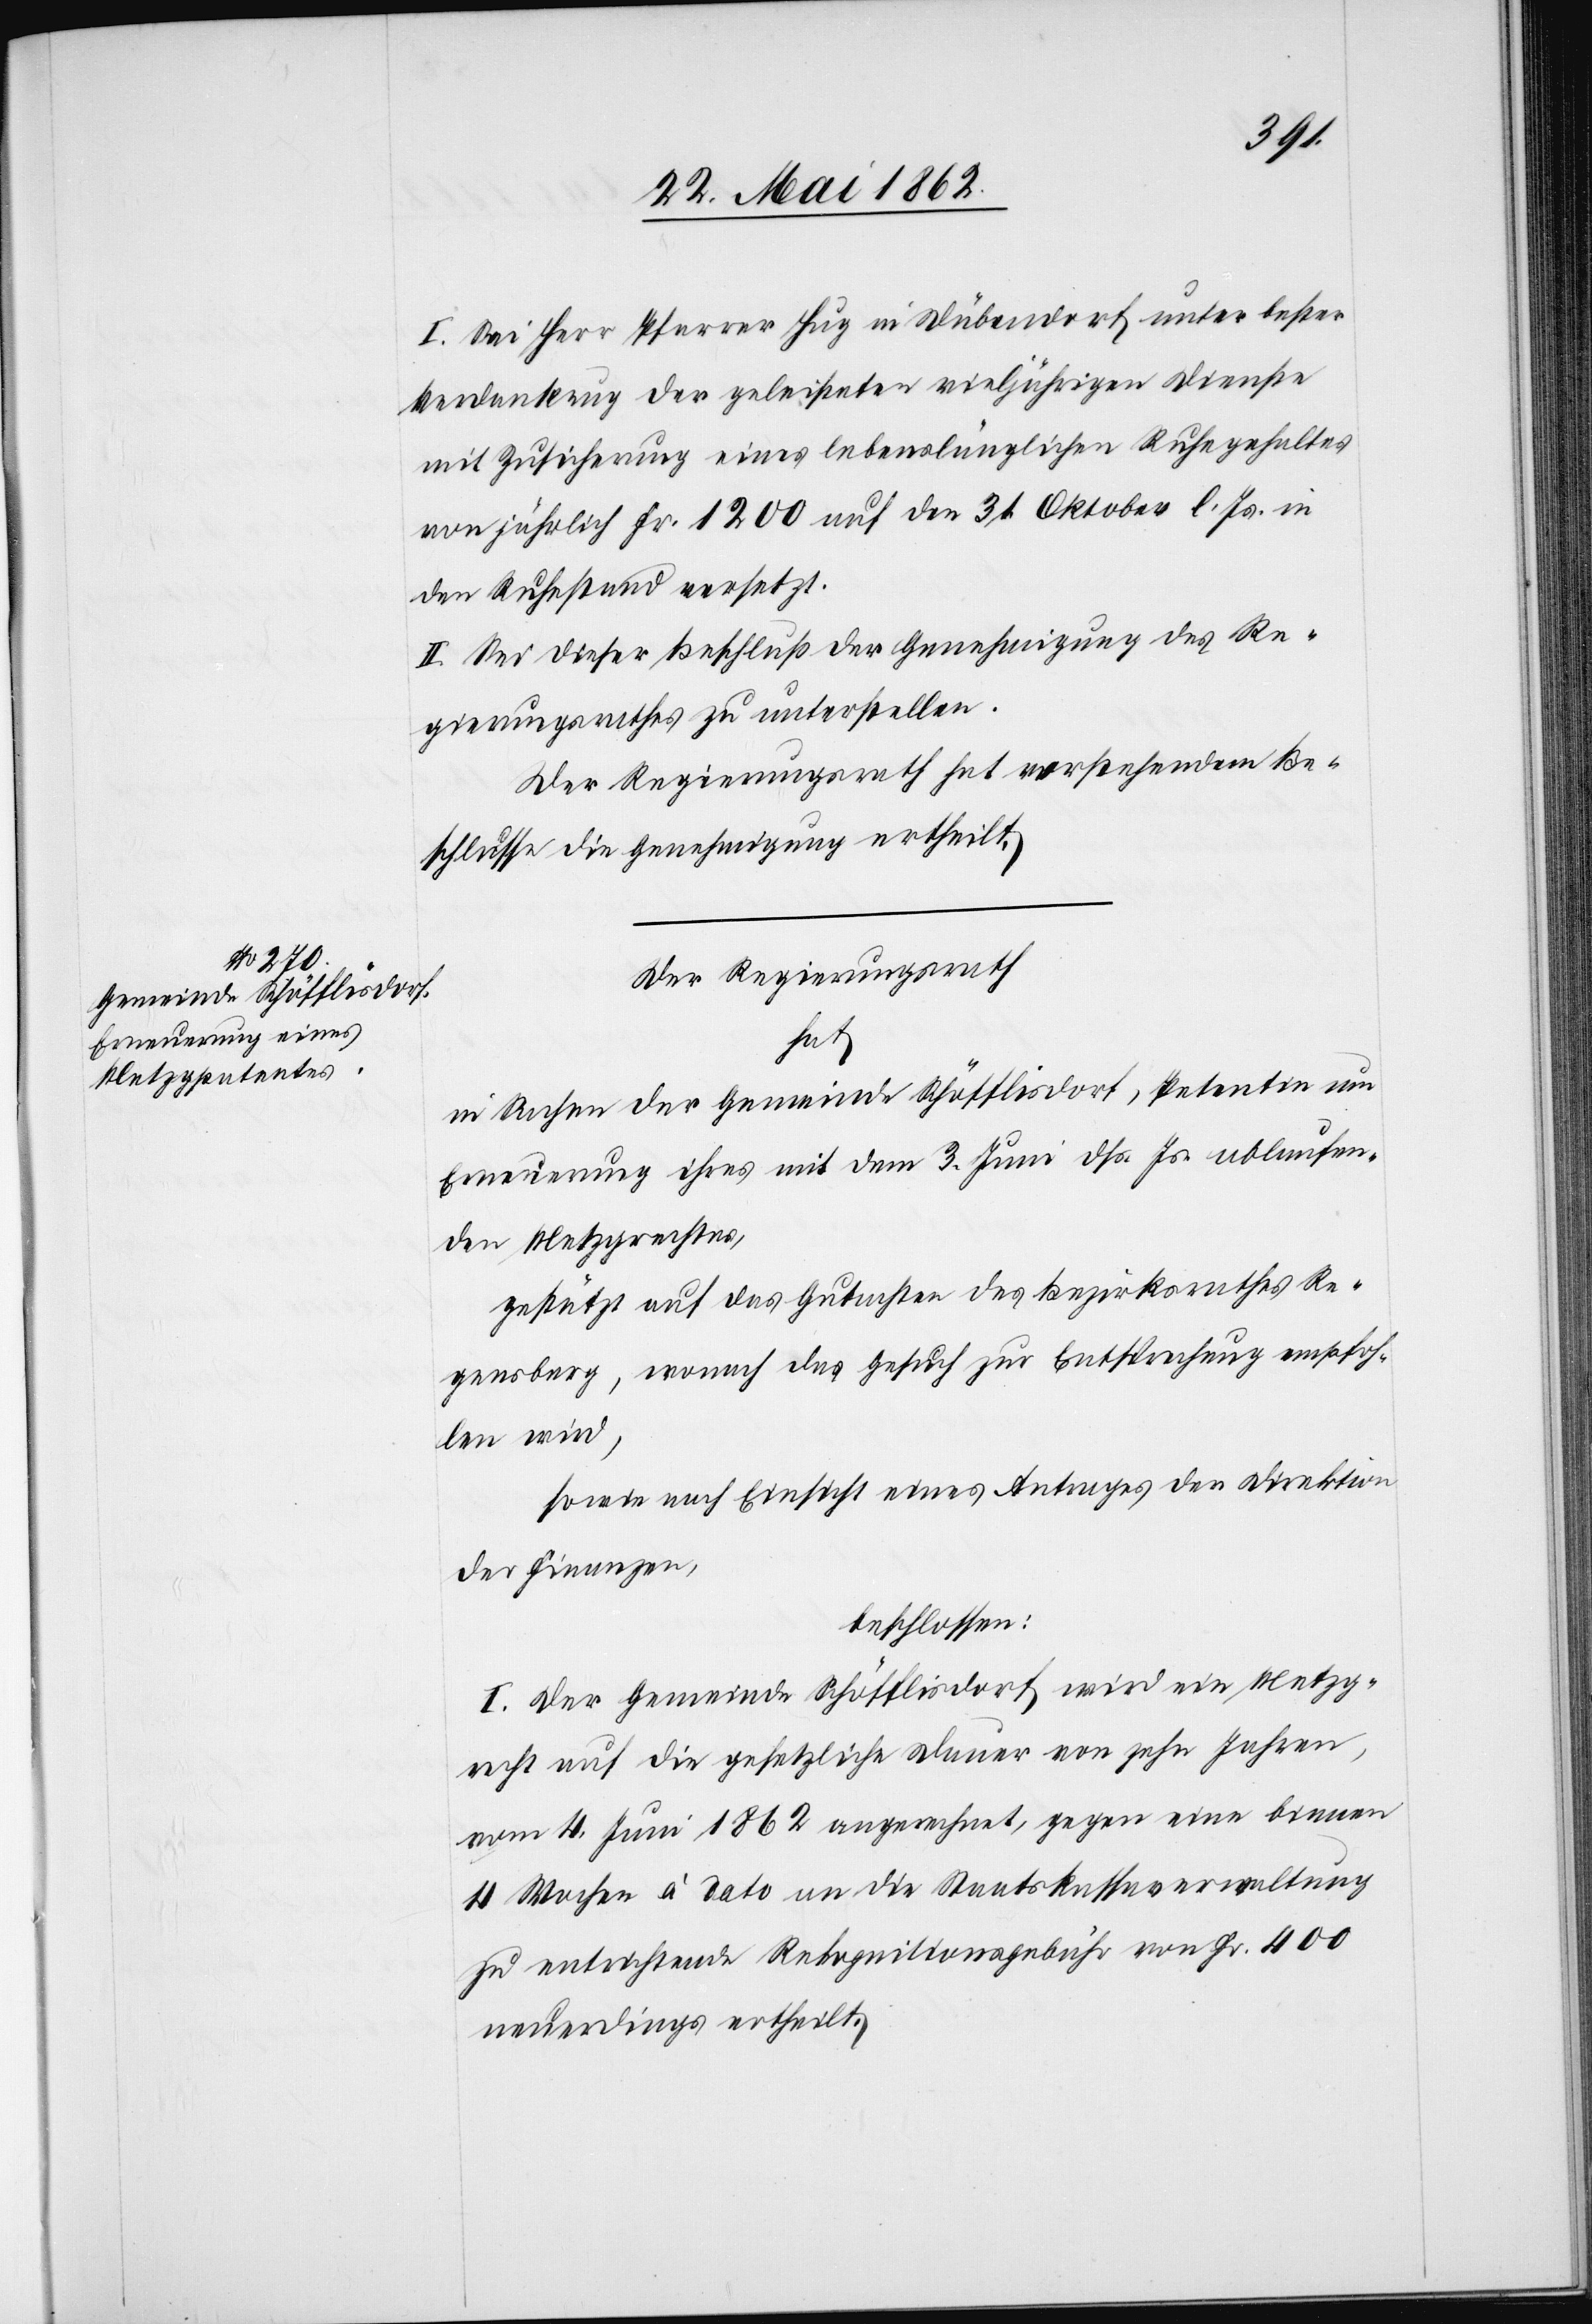
I. Sei Herr Pfarrer Hug in Dübendorf unter bester
Verdankung der geleisteten vieljährigen Dienste
mit Zusicherung eines lebenslänglichen Ruhegehaltes
von jährlich Fr. 1200 auf den 31. Oktober l. Js. in
den Ruhestand versetzt.
II. Sei dieser Beschluß der Genehmigung des Re¬
gierungsrathes zu unterstellen.
Der Regierungsrath hat vorstehendem Be¬
schlusse die Genehmigung ertheilt.
Der Regierungsrath
hat
in Sachen der Gemeinde Schöfflisdorf, Petentin um
Erneuerung ihres mit dem 3. Juni dß. Js. ablaufen¬
den Metzgrechtes,
gestützt auf das Gutachten des Bezirksrathes Re¬
gensberg, wonach das Gesuch zur Entsprechung empfoh¬
len wird,
sowie nach Einsicht eines Antrages der Direktion
der Finanzen,
beschlossen:
I. Der Gemeinde Schöfflisdorf wird ein Metzg¬
recht auf die gesetzliche Dauer von zehn Jahren,
vom 4. Juni 1862 angerechnet, gegen eine binnen
4 Wochen à dato an die Staatskassaverwaltung
zu entrichtende Rekognitionsgebühr von Fr. 400
neuerdings ertheilt.